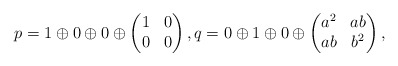
\begin{align*}p= 1\oplus 0\oplus 0\oplus \begin{pmatrix}1&0\\0&0\end{pmatrix},q= 0\oplus 1\oplus 0\oplus \begin{pmatrix}a^2&ab \\ab&b^2\end{pmatrix}, \end{align*}